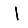
Digit: 1